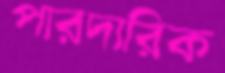
পারদারিক